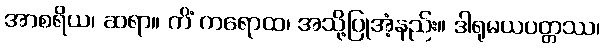
အာစရိယ၊ ဆရာ။ ကိံ ကရောထ၊ အသို့ပြုအံ့နည်း။ ဒါရုမယပတ္တဿ၊